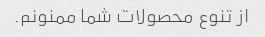
از تنوع محصولات شما ممنونم.